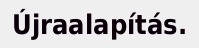
Újraalapítás.